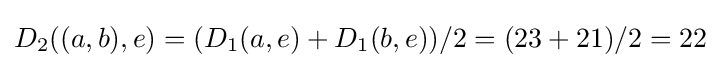
D_{2}((a,b),e)=(D_{1}(a,e)+D_{1}(b,e))/2=(23+21)/2=22